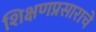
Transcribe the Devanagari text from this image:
शिक्षणप्रसाराचे